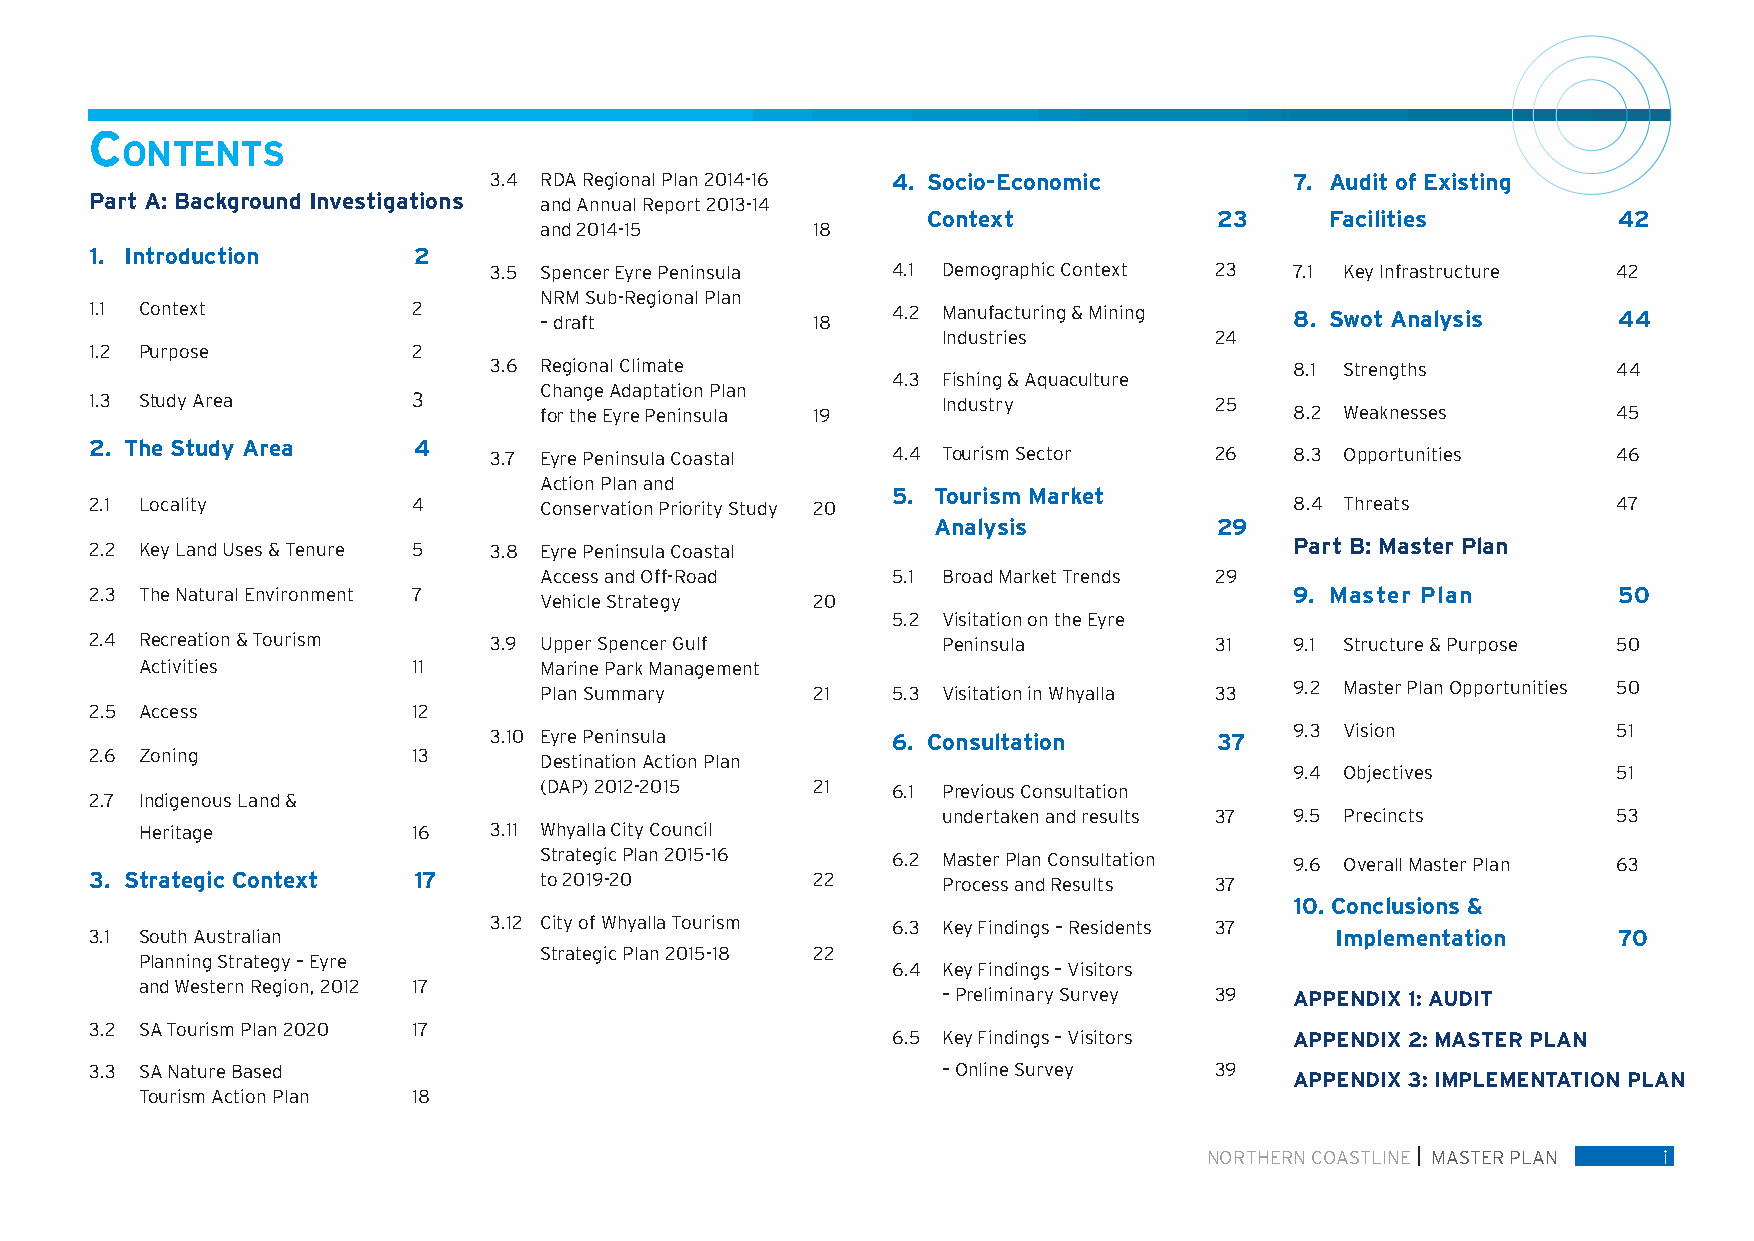
C
 ontents
 3.4 RDA Regional Plan 2014-16 4. Socio-Economic       7. Audit of Existing
 Part A: Background Investigations and Annual Report 2013-14
 Context             23     Facilities         42
 and 2014-15       18
 1. Introduction      2
 3.5 Spencer Eyre Peninsula 4.1 Demographic Context 23 7.1 Key Infrastructure 42
 NRM Sub-Regional Plan
 1.1 Context          2        – draft           18   4.2 Manufacturing & Mining 8. Swot Analysis     44
 Industries        24
 1.2 Purpose          2
 3.6 Regional Climate                                  8.1 Strengths        44
 4.3 Fishing & Aquaculture
 Change Adaptation Plan
 1.3 Study Area       3                                  Industry          25
 for the Eyre Peninsula 19                         8.2 Weaknesses       45
 2. The Study Area    4
 3.7 Eyre Peninsula Coastal 4.4 Tourism Sector   26    8.3 Opportunities    46
 Action Plan and
 5. Tourism Market
 2.1 Locality         4        Conservation Priority Study 20                    8.4 Threats          47
 Analysis           29
 2.2 Key Land Uses & Tenure 5 3.8 Eyre Peninsula Coastal                         Part B: Master Plan
 Access and Off-Road    5.1 Broad Market Trends 29
 2.3 The Natural Environment 7                                                   9. Master Plan       50
 Vehicle Strategy  20
 5.2 Visitation on the Eyre
 2.4 Recreation & Tourism  3.9 Upper Spencer Gulf        Peninsula         31    9.1 Structure & Purpose 50
 Activities        11       Marine Park Management
 Plan Summary      21   5.3 Visitation in Whyalla 33 9.2 Master Plan Opportunities 50
 2.5 Access           12
 9.3 Vision           51
 3.10 Eyre Peninsula        6. Consultation       37
 2.6 Zoning           13       Destination Action Plan
 9.4 Objectives       51
 (DAP) 2012-2015   21   6.1 Previous Consultation
 2.7 Indigenous Land &
 undertaken and results 37 9.5 Precincts      53
 Heritage          16   3.11 Whyalla City Council
 Strategic Plan 2015-16 6.2 Master Plan Consultation 9.6 Overall Master Plan 63
 3. Strategic Context 17       to 2019-20        22      Process and Results 37
 10. Conclusions &
 3.12 City of Whyalla Tourism 6.3 Key Findings – Residents 37
 3.1 South Australian                                                              Implementation     70
 Strategic Plan 2015-18 22
 Planning Strategy – Eyre
 6.4 Key Findings – Visitors
 and Western Region, 2012 17
 – Preliminary Survey 39 APPENDIX 1: AUDIT
 3.2 SA Tourism Plan 2020 17
 6.5 Key Findings – Visitors APPENDIX 2: MASTER PLAN
 3.3 SA Nature Based                                     – Online Survey   39
 APPENDIX 3: IMPLEMENTATION PLAN
 Tourism Action Plan 18
 NORTHERN COASTLINE MASTER PLAN i